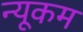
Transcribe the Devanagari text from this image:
न्यूकम